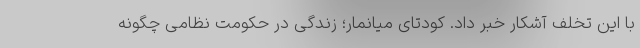
با این تخلف آشکار خبر داد. کودتای میانمار؛ زندگی در حکومت نظامی چگونه